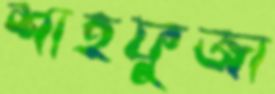
শাহফুজা